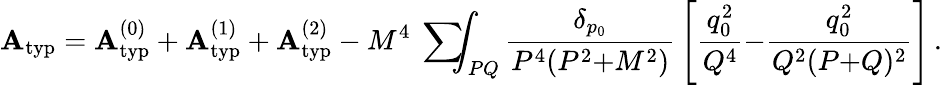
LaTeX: \mathbf{A}_{\mathrm{{typ}}}=\mathbf{A}_{\mathrm{{typ}}}^{(0)}+\mathbf{A}_{\mathrm{{typ}}}^{(1)}+\mathbf{A}_{\mathrm{{typ}}}^{(2)}-M^{4}\mathrm{{~\sum~}}\! \! \! \! \! \! \int_{PQ}{\frac{{\delta_{p_{0}}}}{{P^{4}(P^{2}{+}M^{2})}}}\left[{\frac{{q_{0}^{2}}}{{Q^{4}}}}{-}{\frac{{q_{0}^{2}}}{{Q^{2}(P{+}Q)^{2}}}}\right]\, .